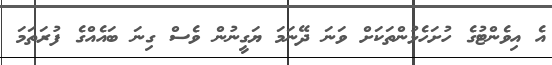
އެ އިވެންޓުގެ ހުށަހެޅުންތަކަށް ވަނަ ދޭނަމަ ޔަގީނުން ވެސް ގިނަ ބައެއްގެ ފުރަތަމަ